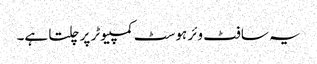
یہ سافٹ وئر ہوسٹ کمپیوٹر پر چلتا ہے۔